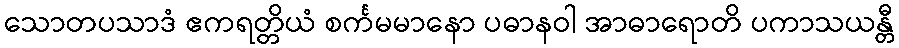
သောတပသာဒံ ဧကရတ္တိယံ စင်္ကမမာနော ပဓာနဝါ အာဓာရောတိ ပကာသယန္တီ